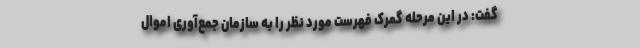
گفت: در این مرحله گمرک فهرست مورد نظر را به سازمان جمع‌آوری اموال